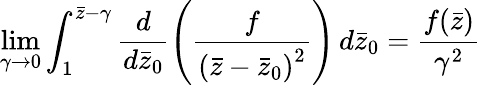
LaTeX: \operatorname*{lim}_{\gamma\rightarrow 0}\int_{1}^{\bar{z}-\gamma}\frac{d}{d\bar{z}_{0}}\left(\frac{f}{\left(\bar{z}-\bar{z}_{0}\right)^{2}}\right)\, d\bar{z}_{0}=\frac{f(\bar{z})}{\gamma^{2}}